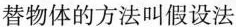
替物体的方法叫假设法